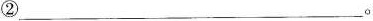
②___。